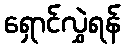
ရှောင်လွှဲရန်